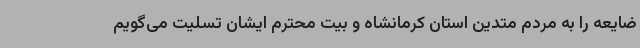
ضایعه را به مردم متدین استان کرمانشاه و بیت محترم ایشان تسلیت می‌گویم